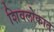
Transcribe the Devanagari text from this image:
शिवलोकात